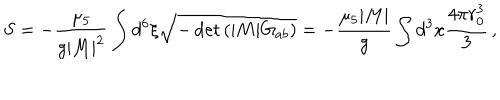
S = - \frac { \mu _ { 5 } } { g | M | ^ { 2 } } \int d ^ { 6 } \xi \sqrt { - \det \left( | M | G _ { a b } \right) } = - \frac { \mu _ { 5 } | M | } { g } \int d ^ { 3 } x \frac { 4 \pi r _ { 0 } ^ { 3 } } { 3 } \, ,